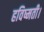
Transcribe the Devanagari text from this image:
हविष्मती।